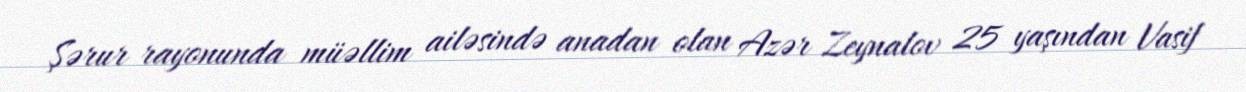
Şərur rayonunda müəllim ailəsində anadan olan Azər Zeynalov 25 yaşından Vasif